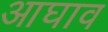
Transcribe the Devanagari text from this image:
आघाव